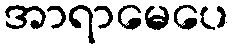
အာရာမေပေ